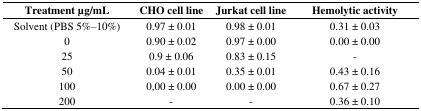
<table><thead><tr><td><b>Treatment μg/mL</b></td><td><b>CHO cell line</b></td><td><b>Jurkat cell line </b></td><td><b>Hemolytic activity</b></td></tr></thead><tbody><tr><td>Solvent (PBS 5%–10%)</td><td>0.97 ± 0.01</td><td>0.98 ± 0.01</td><td>0.31 ± 0.03</td></tr><tr><td>0</td><td>0.90 ± 0.02</td><td>0.97 ± 0.00</td><td>0.00 ± 0.00</td></tr><tr><td>25</td><td>0.9 ± 0.06</td><td>0.83 ± 0.15</td><td>-</td></tr><tr><td>50</td><td>0.04 ± 0.01</td><td>0.35 ± 0.01</td><td>0.43 ± 0.16</td></tr><tr><td>100</td><td>0,00 ± 0.00</td><td>0.00 ± 0.00</td><td>0.67 ± 0.27</td></tr><tr><td>200</td><td>-</td><td>-</td><td>0.36 ± 0.10</td></tr></tbody></table>